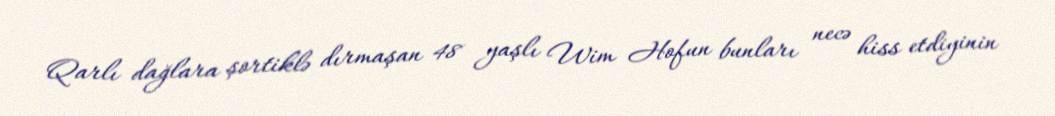
Qarlı dağlara şortiklə dırmaşan 48 yaşlı Wim Hofun bunları necə hiss etdiyinin